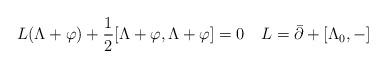
LaTeX: \begin{align*}L(\Lambda+\varphi)+\frac{1}{2}[\Lambda+\varphi,\Lambda+\varphi]=0 \,\,\,\,\,\,L=\bar{\partial}+[\Lambda_0,-]\end{align*}